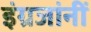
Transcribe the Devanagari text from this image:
इंग्रजांनीं